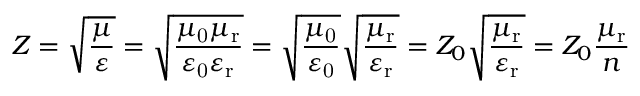
Z = { \sqrt { \frac { \mu } { \varepsilon } } } = { \sqrt { \frac { \mu _ { \mathrm { 0 } } \mu _ { \mathrm { r } } } { \varepsilon _ { \mathrm { 0 } } \varepsilon _ { \mathrm { r } } } } } = { \sqrt { \frac { \mu _ { \mathrm { 0 } } } { \varepsilon _ { \mathrm { 0 } } } } } { \sqrt { \frac { \mu _ { \mathrm { r } } } { \varepsilon _ { \mathrm { r } } } } } = Z _ { 0 } { \sqrt { \frac { \mu _ { \mathrm { r } } } { \varepsilon _ { \mathrm { r } } } } } = Z _ { 0 } { \frac { \mu _ { \mathrm { r } } } { n } }